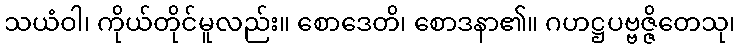
သယံဝါ၊ ကိုယ်တိုင်မူလည်း။ စောဒေတိ၊ စောဒနာ၏။ ဂဟဋ္ဌပဗ္ဗဇ္ဇိတေသု၊